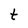
Character: t